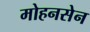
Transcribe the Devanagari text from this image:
मोहनसेन